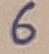
Text: 6